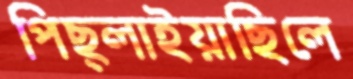
পিছ্‌লাইয়াছিলে